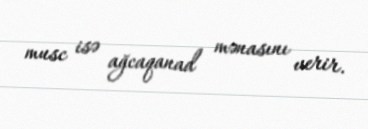
musc isə ağcaqanad mənasını verir.